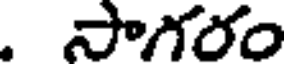
. సాగరం